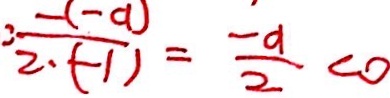
: \frac { - ( - a ) } { 2 \cdot ( - 1 ) } = \frac { - a } { 2 } < 0